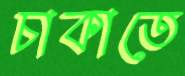
চাকাতে